[Report on the health of British troops in the Madras command]
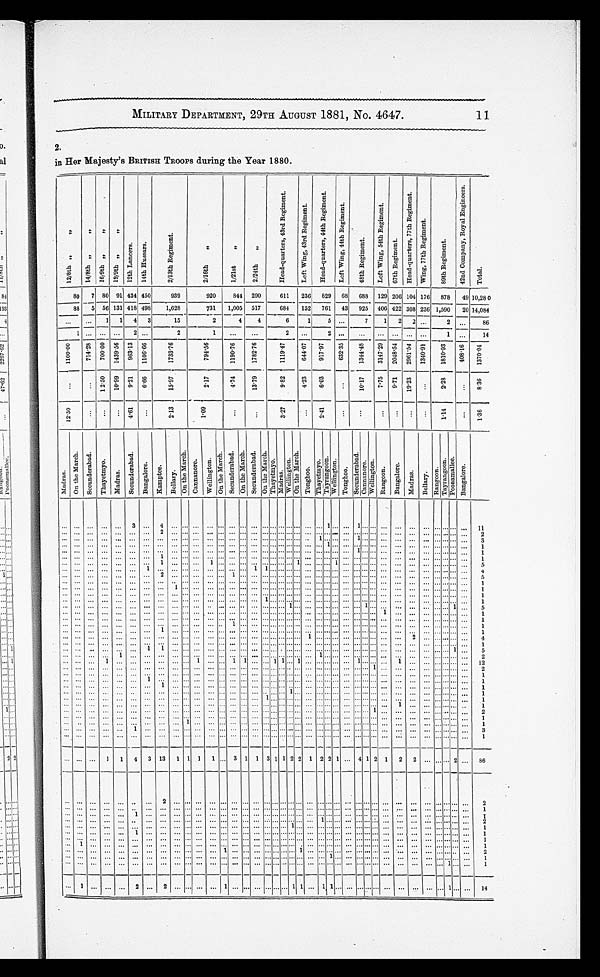
MILITARY DEPARTMENT, 29TH AUGUST 1881, NO. 4647.
1 1
2.
in Her Majesty's BRITISH TROOPS during the Year 1880.
1 2 / 8 t h , , , ,
1 4 / 8 t h , , , ,
1 6 / 9 t h , , , ,,
1 9 / 9 t h , , , ,
12t h Lancers.
14 th Huasars.
2/ 13t h Regi ment .
2 / 1 6 t h , ,
1 / 2 1 s t , ,
'
2 / 2 4 t h , ,
H e a d - q u a r t e r s , 4 3 r d R e g i m e n t . L e f t W i i n g , 4 3 r d R e g i m e n t .
H e a d - q u a r t e r s , 4 4 t h R e g i m e n t .
L e f t w i n g , 4 4 t h R e g i m e n t .
4 8 t h R e g i m e n t .
L e f t W i n g , 5 4 t h R e g i m e n t .
6 7 t h Re g i me n t .
H e a d - q u a r t e r s , 7 7 t h R e g i m e n t .
W i n g , 7 7 t h R e g i m e n t .
8 9 t h R e g i m e n t .
4 2 n d c o m p a n y , R o y a l E n g i n e e r s .
T o t a l .
80 7 80 91 434 450
939
920
844 290
611
236
829
68
688 129 206 104 176
878
49 10,280
88
5 56 131 418 498
1,628
731
1,005 51
684
152
761
43
925
.406
422 308 236 1,590
20 14,084
. . . ...
1
1
4
3
15
2
4
4
6
1
5
7
1
2
2 ...
2
. . . .
86
1
. . . .
. . .
. . .
2 ...
2
1
...
...
2
.... 2
. . .
...
...
...
......
1
. . .
14
1 1 0 0 . 0 0
7 1 4 . 2 8
7 0 0 . 0 0
1 4 3 9 . 5 6 963.13
1106.66
1733. 76
7 9 4 . 5 6
1190. 76
1 7 8 2 . 7 6
1 1 1 9 . 4 7 644.07 917.97
6 3 2 . 3 5
1 3 4 4 . 4 8
3147. 29 2048. 54 2961. 54 1340.91
1 8 1 0 . 9 3
4 0 8 . 6 1
1 3 7 0 . 0 4
. . .
. . .
1 2 . 5 0
1 0 . 9 9 9.21 6.66
15.97
2 . 1 7
4.74
1 3 . 7 9 9.82
4.23
6.03
. . .
1 0 . 1 7
7.75
9.71
19.28
...
2 . 2 8
. . . 8 . 3 6
1 2 . 5 0
. . . . . . ... 4.61
. . .
2.13
1 . 0 9
. . .
. . .
3.27
...
2.41
. . .
. . . .
. . . ...
. . .
. . . . 1 . 1 4
. . .
1 . 3 6
M a d r a s .
On t h e Ma r c h .
S e c u n d e r a b a d .
T h a y e t m y o .
M a d r a s .
Se c u n d e r a b a d .
B a n g a l o r e .
K a m p t e e .
B e l l a r y .
O n t h e M a r c h .
C a n n a n o r e .
W e l l i n g t o n .
On t h e Ma r c h .
Se c u n d e r a b a d .
O n t h e M a r c h S e c u n d e r a b a d .
O n t h e M a r c h .
Thayet myo.
M a d r a s .
W e l l i n g t o n .
O n t e h M a r c h .
T o n g h o o .
Th a y e t my o .
T a y r a n g o o n .
W e l l i n g t o o n .
T o n g h o o .
S e c u n d e r a b a d . C a n n a n o r e .
W e l l i n g t o n .
R a n g o o n .
Bangal or e.
Madr as.
Bel l ary.
R a n g o o n . T a y r a n g o o n .
P o o n a m a l l e e .
Bangalore.
. . .
...
. . .
. . .
... 3
...
4 ... . . .
. . .
. . .
... ...
. . .
. . . . . .
... . . . . . . . . . ... ... 1 . . .
. . .
1
. . . . . . ... ... ... ...
. . . . . . . . .
. . .
11
. . . ...
. . .
. . . . . . ... ...
2 ... . . .
. . .
. . .
... ...
. . .
. . . . . .
... . . . . . . . . . ... ... . . . . . .
. . .
...
. . . . . . ... ... ... ...
. . . . . . . . .
. . .
2
. . . ...
. . .
. . .
. . . ... ...
. . . ...
. . . . . .
. . . ... ...
. . . . . . . . . ... . . . . . . . . . ... 1
. . . . . .
. . .
1
. . . . . . ... ... ... ...
. . . . . . . . . . .
. . .
3
. . . ...
. . . .
. . .
. . . ... ...
. . . ...
. . . . . .
. . .
... ...
. . .
. . . . . . .
... . . . . . . . . . .
.... .... 1 . . .
. . .
...
. . . . . . ... ... ... ...
. . . . . . . . .
. . .
1
. . . ...
. . .
. . .
...... ...
. . . ...
. . . . . .
. . . ... .... . . .
. . . . . . .
... . . . . . . . . .
.... .... . . . . . . . .
. . . .
.... . . . . . . ... ... ... ...
. . . . . . . . .
. . .
1
. . .
...
. . .
. . . ... ... ...
1 ...
. .
. . .
. . .
.. ...
. . .
. . . . .
... . . . . . . . . .
... ... . . . . . .
. . .
...
. . . . . . ... ... ... ...
. . . . . . . . .
. . .
1
. . . ...
. . .
. . .
. . . ... ...
1 ...
. . .
. . .
1 ... ...
. . .
. . . . . .
... . . . . . . 1 ... ... . . . . . .
. . .
...
. . . . . . ... ... ... ...
. . . . . . . . .
. . .
5
. . . ...
. . .
. . .
. . . ...
1 . . . ...
. . . . . .
. . .
... ...
. . .
1 1 ... . . . . . . . . .
... ... . . . . . .
. . .
...
. . . . . . ... ... ... ...
. . . . . . . . .
. . .
4
. . .
...
. . .
. . .
. . . ... ...
2 ...
. . . . . .
. . . ... 1
. . .
. . . . . .
... . . . . . . . . .
... ... . . . . . . .
. . .
...
. . . . . . ... ... ... ...
. . . . . . . . .
. . .
5
. . .
...
. . . .
. . . ... ... ...
. . .
...
. . .
. . .
. . .
... ...
. . .
. . . . . .
... . . . . . . . . .
... ... . . . . . .
. . .
...
. . . . . . ... ... ... ...
. . . . . . . . .
. . .
1
. . . ...
. . .
. . .
. . . ... ...
... 1
. . .
. . .
. . .
... ...
. . .
. . . . . .
... . . . . . . . . .
... ... . . . . . .
. . .
...
. . . . . . ... ... ... ...
. . . . . . . . .
. . .
1
. . . ...
...
...
. . .
... ...
...
...
...
. . . ... ... ...
...
...
... ...
. . . ... ... ... ... ... ... ... ... ... ... ... ... ... ...
. . . . . . . . .
. . .
1
. . .
...
...
...
... ...
...
... ...
. . .
. . . ... ... ...
. . .
. . . 1 ... . . . . . . . . .
... ... . . . . . .
. . .
...
. . . . . . . ... ... ... ...
. . . . . . . . .
. . .
1
... ...
. . . ... ... ... ...
. . .
...
. . .
. . .
. . .
... ...
. . .
. . . . . .
... . . . 1 . . .
... ... . . . . . .
. . .
... 1 . . . ... ... ... ...
. . . . . . 1
. . .
5
...
...
...
...
. . .
...
...
... ...
. . .
. . .
. . .
... .... ... ... ... ...
. . . ... ... ... ... ... ... ... ...
. . . ...
1 ... ... ...
. . . . . . . . .
. . .
1
. . . ...
. . .
. . .
. . . ... ...
. . . ...
. . . . . .
. . . ... ...
. . . . . . . . . ... . . . . . . . . . ... ... . . . . . .
. . . ... . . . . . . ... ... ... ....
. . . . . . . . .
. . . .
1
. . . ...
. . .
. . .
. . . ...
...
... ...
. . .
. . . ... ... 1
. . .
. . . . . .
... . . . . . . . . .
... ... . . . . . .
. . .
...
. . . . . .
.... ... ... ...
. . . . . . . . . ...
1
...
...
. . . ...
... ... ...
1 ...
...
. . .
. . .
... ...
. . .
. . . . . .
... . . . . . . . . .
... .... . . . . . . .
. . .
...
. . . . . .
... ... ... ...
. . . . . . . . .
. . .
1
. . .
...
...
...
. . .
...
...
...
...
...
. . . ... ... ...
. . .
. . . . . .
... . . . . . . . . .
1 ... . . . . . .
. . .
...
. . . . . .
... ... 2 ...
. . . . . . . . .
. .
4
. . .
...
. . .
. . .
. . .
...
...
...
...
. . . .
. . . .
. . .
... .... ... ... ... ...
. . . ... ... ... ... ... ... ... .... . . . . ... ...
....
...
....
. . . . . . . . .
. . .
1
. . . ...
. . .
. . . .
. . . ... 1
1 ...
. . . . . .
. . .
... ...
. . . . . . . . .... . . . . . . .
... ... . . . . . .
. . . . .... . . . . . . . . .... ... .... ...
. . . . . . . 1
. . .
5
. . .
...
. . .
. . .
1
... ...
. . .
...
. . .
. . .
. . . .... .... . . .
. . . . . .... . . . . . . . . .
... 1
. . . . . .
. . .
...
. . . . . .
... ... .... ...
. . . . . . . . .
. . .
2
. . . ...
. . .
1
. . . ... ...
. . . ...
. . .
1
. . .
... 1
1
. . . . . .
1
1 . . . 1 ... ... . . . . . .
. . .
1
. . . . . .
... 1 ... ...
. . . . . . . . .
. . .
12
. . . ...
. . .
. . .
. . . ... ...
. . . ...
. . .
. . .
. . .
... ...
. . .
. . . . . .
... . . . . . . . . .
... ... . . . . . .
. . .
...
1 . . .
... ... .... ...
. . . . . . . . .
. . .
2
. . .
...
. . .
. . .
. . . ... ...
. . . ...
. . . . . .
. . . ... ...
. . . . . . . . .... . . . . . . . . .
... ... . . . . . .
. . . ... . . . . . . ... ... ... ...
. . . . . . . . .
. . .
1
. . . ...
. . .
. . .
. . . ...
1
. . .
...
. . .
. . .
. . . .
... ...
. . .
. . . . . . .
... . . . . . . . . .
... .... . . . . . .
. . .
.... . . . . . .
... ... ... ...
. . . . . . . . . .
. . .
1
. . .
...
. . .
. . .
. . . ...
. . .
1 ...
. . .
. . .
. . . ... ...
. . .
. . . . . .
... . . . . . . . . .
... ... . . . . . .
. . .
...
. . . . . .
... ... ... ...
. . . . . . . . . . .
. . .
1
. . . ...
. . .
. . .
. . . ...
...
. . . ...
. . .
. . .
. . . . .... ...
. . . . . . . . .... . . . 1 . . .
... ... . . . . . .
. . . ... . . . . . .
... ... ... ...
. . . . . . . . .
. . .
1
. . . ...
. . .
. . .
. . . ... ...
. . . ...
. . . . . .
. . . ... ...
. . .
. . . 1 ... . . . . . . . .
... ... . . . . . .
. . .
...
. . . . . .
... ... ... ...
. . . . . . . . .
. . .
1
. . . ...
. . .
. . .
. . . ... ...
. . . ...
. . .
. . .
. . .
... ...
...
...
. . .
... ... ... ... ... ... ... ... ... ...
. . . . . .
... 1 ... ...
. . . . . . . . .
. . .
1
. . .
...
...
...
. . .
...
...
...
...
...
...
... ... ...
. . .
. . . ... ... ... ... ... ... ... ... ... ... ... ... 1 ... ... ... ...
. . . . . . . . .
. . .
2
. . .
...
. . .
. . . ... ... ....
. . .
...
. . .
. . .
. . .
... ...
. . .
. . . . . .
... . . . . . . . . .
... ... . . . . . .
. . .
...
. . . . . .
... ... ... ...
. . . . . . . . .
. . .
1
. . . ..
...
...
. . .
...
...
...
...
1
. . .
. . .
... ...
. . .
. . . . . .
... . . . . . . . . .
... ... . . . . . .
. . .
...
. . . . . .
... ... ... ...
. . . . . . . . .
. . .
1
. . .
...
. . .
...
. . .
1 ...
. . .
...
. . .
. . .
. . .
... ...
. . .
. . . . . .
... . . . . . . . . .
... ... . . . . . .
. . .
...
. . . . . .
... ... .... ...
. . . . . . . . .
. . .
3
. . .
...
. . .
. . .
. . .
... ...
. . . ....
. . .
. . .
. . .
... ...
. . . .
. . . .
. . .
... . . . . . .
. . .
...
....
. . .
. . .
. . .
...
. . . . . .
...
...
... ...
. . . . . . . . .
. . .
1
. . . ...
. . .
1
1 4
3 1 3
1 1 1
1 ...
3 1
1 3 1 1 2 2
1 2 2 1
. . . 4 1 2 1
2 2 ..
. . .
. . . .
2
. . .
86
. . .
...
. . .
. . .
. . . ... ...
2 ... . . .
. . .
. . .
...
. . . . . . ... . . .
... . . . . . . . . . ... ... . . . . . .
. . . . . . . . . . . .
... ... ... ...
. . . . . . . . .
. . .
2
. . . ...
. . .
. . .
. . . ... ...
. . . ... . . . . . . .
. . . . ... ...
. . . . . . . . . ... . . . . . . . . . . . . ... . . . . . .
. . . ... . . . . . . . . . . ... .... ...
. . . . . . . . . .
. . .
1
. . . ....
. . . .
. . .
. . . 1 ...
. . . ... . . .
. . .
. . . ... ...
. . . .... . . . ... . . . . . . . . . . . . . ... . . . . . .
. . . . . . . . . . . . . . . ... ... ...
. . . . . . . . .
. . .
1
. . .
...
. . .
. . .
. . . .. ...
. . .
. . . . . . . . .
. . . ... ...
. . . . . . . . . ... . . . . . . . . . . . . .
1 . . . . . .
. . . . . . . . . . . . . . . . ... ... ...
. . . . . . . . .
. . .
2
. . . ...
. . .
. . .
. . . ... ...
. . . ... . . . . . .
. . . ... ...
. . . . . . . . . ... . . . 1 . . . . . . ... . . . . . .
. . . . . . . . . . . . . . . ... ...
. . . . . . . . . . . .
. . .
1
. . .
...
. . .
. . . ... 1 ...
. . . ... . . .
. . .
. . .
... ...
. . . ... . . .
... . . . . . . . . . ... ... . . . . . .
. . . . . . . . . . . . ....... ...
... . . . . . . . . .
. . .
1
. . . ...
. . .
. . .
. . . .... ...
. . .
. . . . . . . . .
. . . ... ...
. . . . . . . . . ... . . . . . . . . . . . . ... . . . . . .
. . . ... . . . . . . . . . . ... ...
. . . . . . . . . . . .
. . .
1
. . .
1
. . .
. . . ... ... ...
. . . ... . . .
. . .
. . .
... ...
. . .
...
. . .
... . . . . . . . . . ... ... . . . . . .
. . .
...
. . . . . .
... ... ..
... . . . . . . . . .
. . .
1
. . . ...
. . .
. . .
. . .
. . .
. . . . . .
. . . . . .
. . .
. . .
1 ...
. . .
...
. . .
... . . . . . . . 1 ... ... . . . . . .
. . .
...
. . . . . .
... ... ...
. . . . . . . . . . . . . .
. . .
2
. . .
...
. . .
. . . ... ... ...
. . .
...
. . .
. . .
. . . .
... ...
. . .
...
. . .
... . . . . . . . . . ... ... 1 . . .
. . .
...
. . . . . .
... ... ... ...
. . . . . . . . .
. . .
1
. . .
...
. . .
. . . ... ... ...
. . .
...
. . .
. . .
. . .
... ....
. . .
...
. . .
... . . . . . . . . . .
...
... . . . . . . . .
. . . .
.... . . . . . . .
.... ... ... ...
. . . 1 . . .
. . .
1
. . .
1
. . .
. . .
. . . 2 ...
2 ...
. . .
. . .
. . .
1 ...
. . .
...
. . .
... . . . 1 1 ... 1
1 . . .
. . .
...
. . . . . .
... ... ... ...
. . . 1 . . .
. . .
1 4